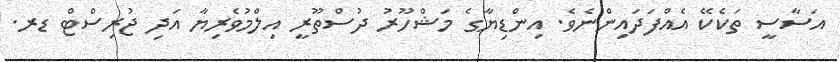
އަސާސީ ތަކެކޭ އެއްފަދައިންނެވެ. އިންޑިޔާގެ މަޝްހޫރު ދުސްތޫރީ އިލްމުވެރިޔާ އަދި ޖުރިސްޓް ޑރ.